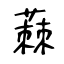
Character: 蕀